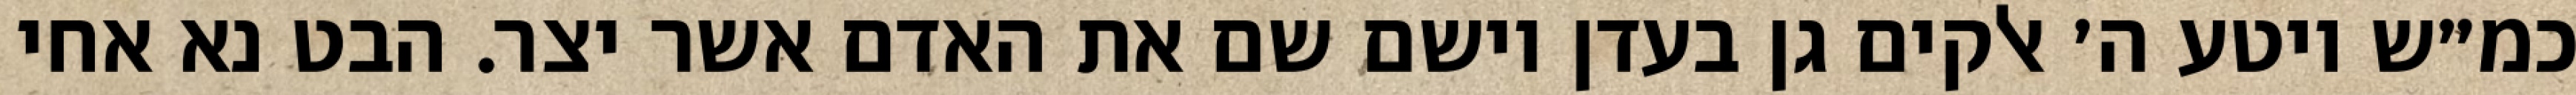
כמ״ש ויטע ה׳ אלקים גן בעדן וישם שם את האדם אשר יצר. הבט נא אחי